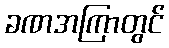
ခဏအကြာတွင်